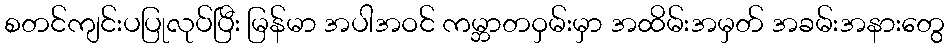
စတင်ကျင်းပပြုလုပ်ပြီး မြန်မာ အပါအဝင် ကမ္ဘာတဝှမ်းမှာ အထိမ်းအမှတ် အခမ်းအနားတွေ